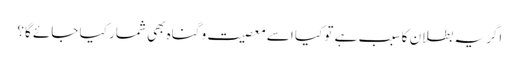
اگر یہ بطلان کا سبب ہے تو کیا اسے معصیت و گناہ بھی شمار کیا جائے گا؟